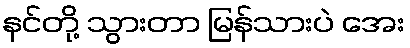
နင်တို့ သွားတာ မြန်သားပဲ အေး